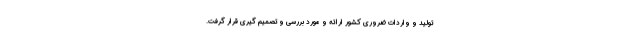
تولید و واردات ضروری کشور ارائه و مورد بررسی و تصمیم گیری قرار گرفت.